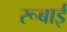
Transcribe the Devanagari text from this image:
रूबाई